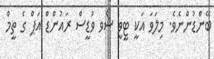
ބޭންޑުންނެވެ. މިލަވަ އަކީ ޓީވީ ޝޯވ ވުޑީސް ރައުންޑް އަޕް ގެ ތީމް